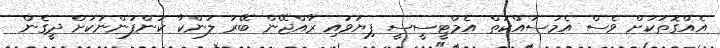
އެއްގޮތަކަށް ވެސް އެމަސައްކަތް އެމްޓީސީސީ ފިޔަވައި ރާއްޖޭން ބޭރު ލަންކާ ކުންފުންނަކަށް ދީގެން